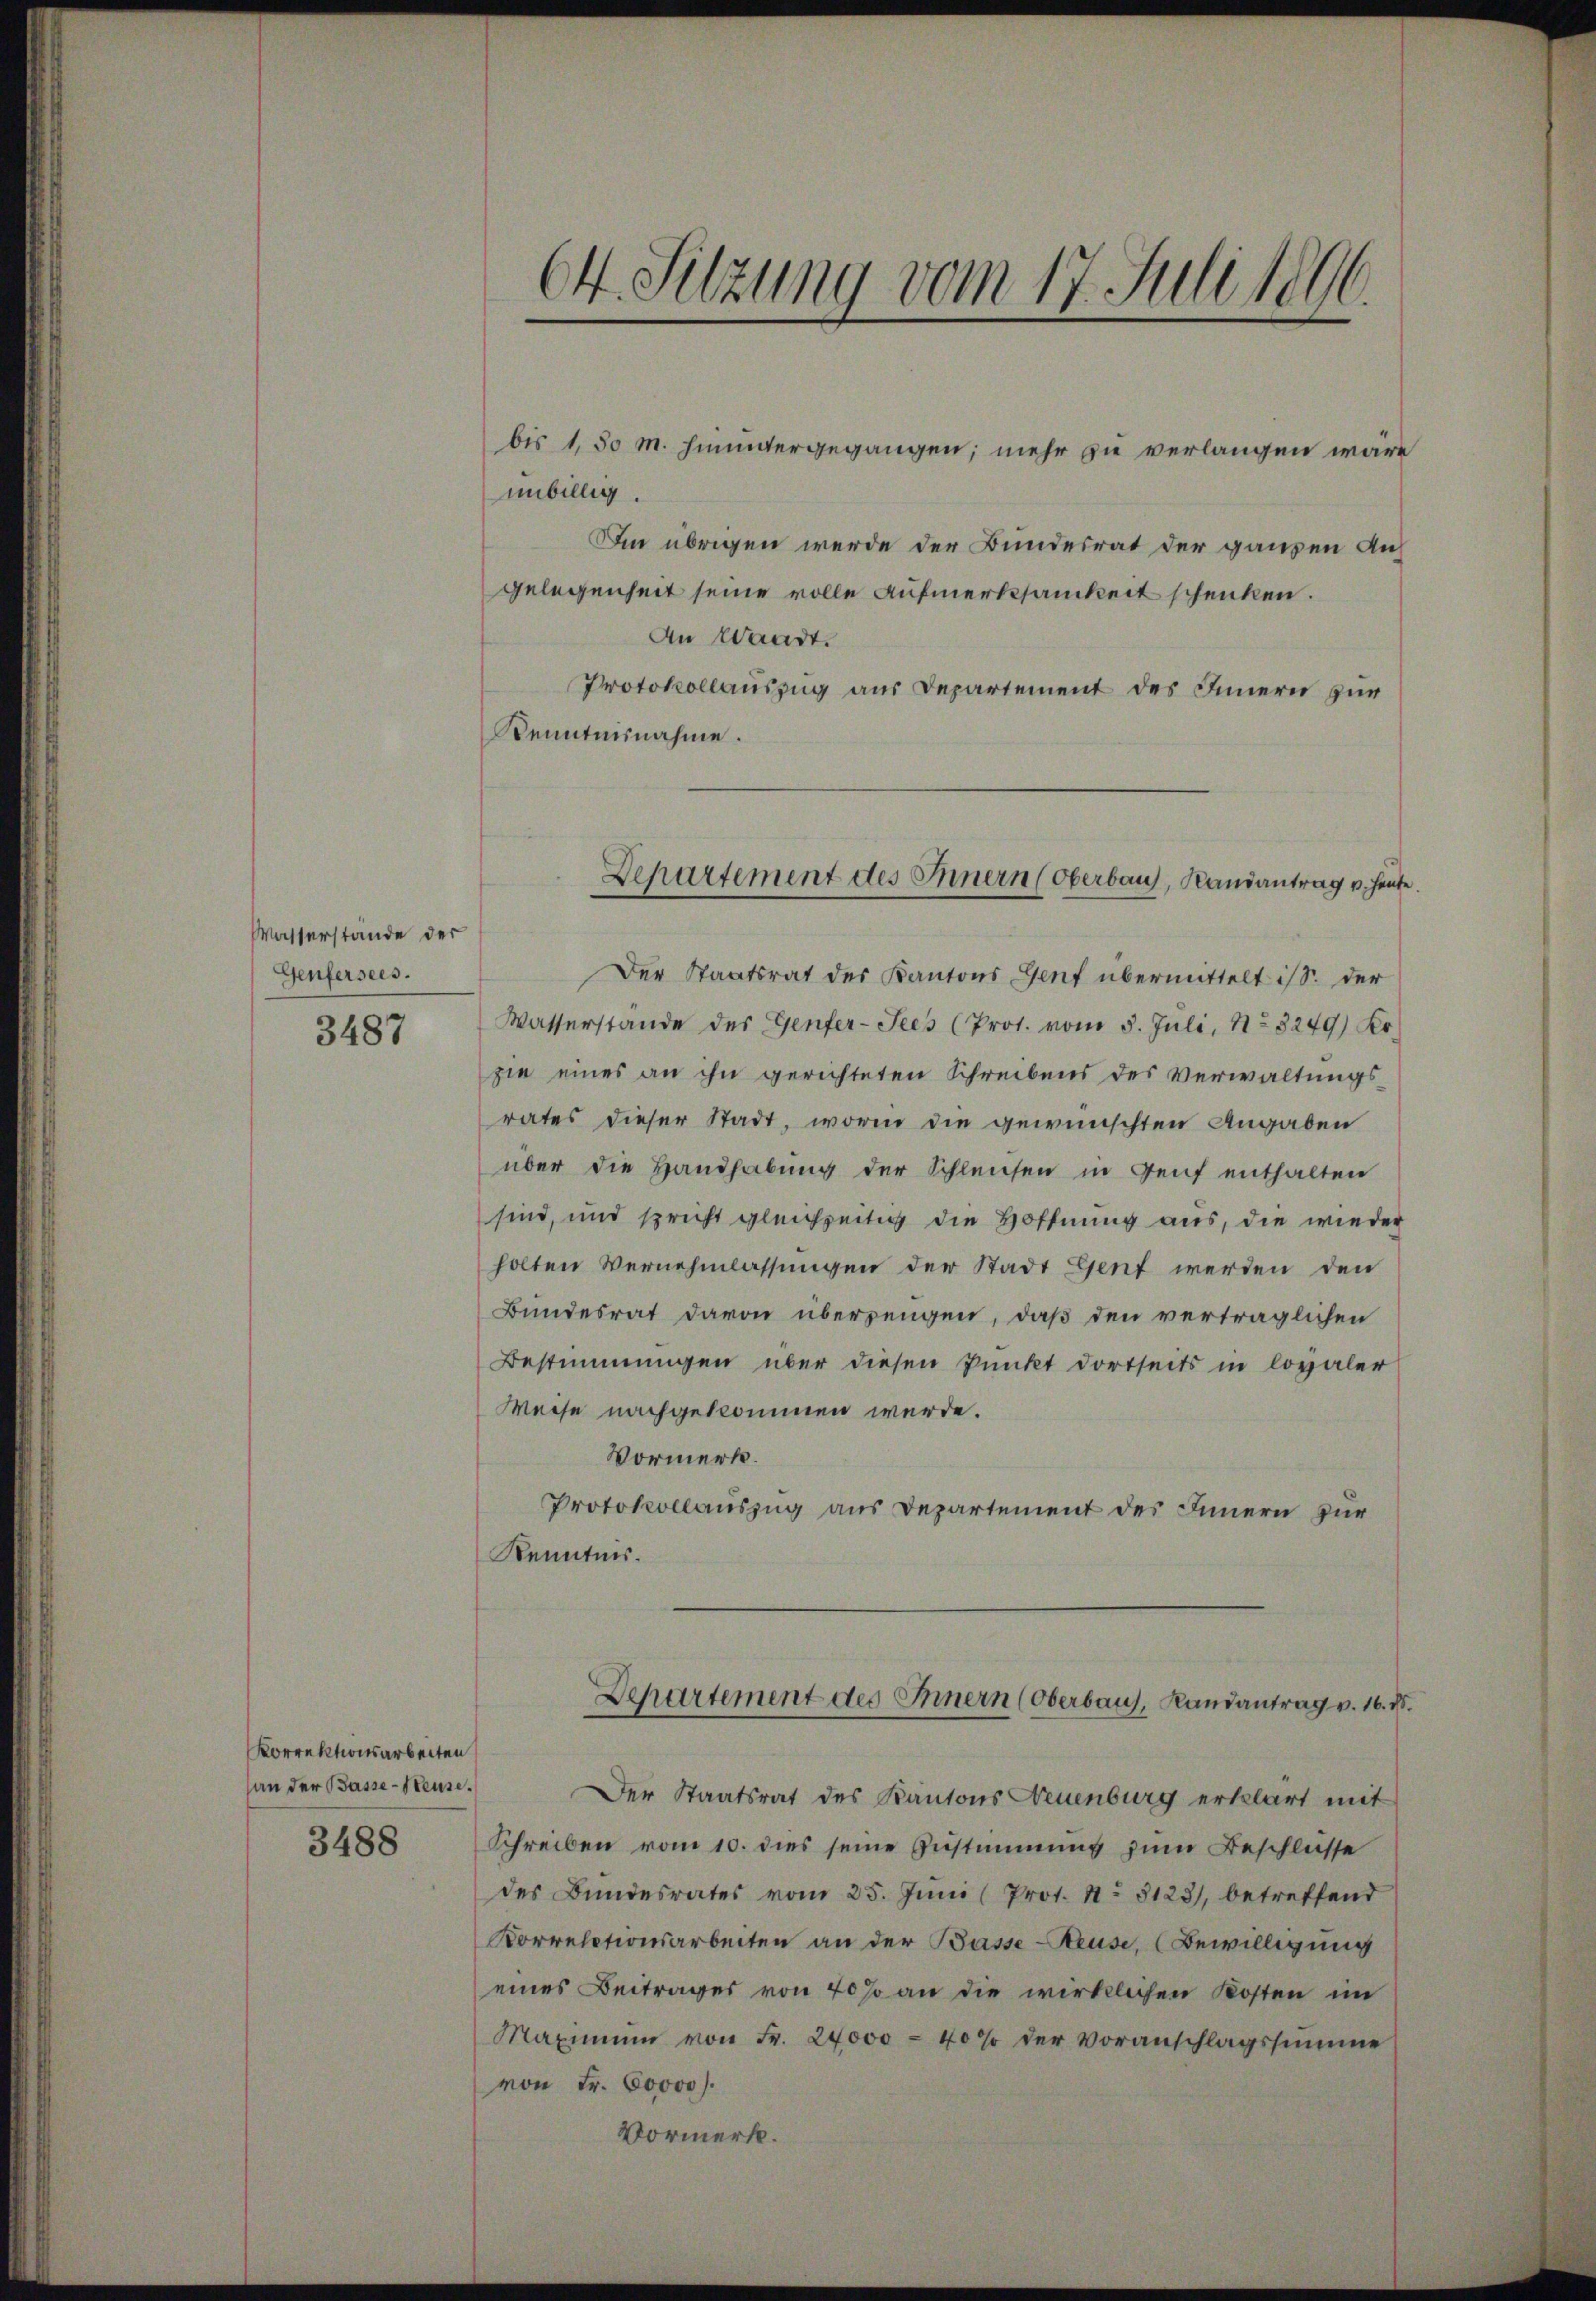
Wasserstände der
Genfersees.

3487

Korrektionsarbeiten
an der Basse - Steuse.

3488

1
64. Sitzung vom 17. Juli 181.

bis 1,50 M. hinuntergegangen; mehr zu verlangen wäre
unbillig.
Din übrigen werde der Bundesrat der ganzen Aus
gelegenheit seine volle Aufmerksamkeit schenken.
An Waadt.
Protokollauszug aus Departement des Innern zur
Kenntnisnahme.

Der Staatsrat des Kantons Genf übermittelt ist. Der
Wasserstände des Genfer-Sees (Prot. vom 5. Juli, No 8249) Kr.
sie eines an ihn gerichteten Schreibens des Verwaltungsrates dieser Stadt, worin die gewünschten Angaben
über die Handhabung der Schleusen in Genf enthalten
sind, und spricht gleichzeitig die Hoffnung aus, die wieder
holten Vernehmlassungen der Stadt Gent werden den
Bundesrat davon überzeugen, daß den verträglichen
Bestimmungen über diesen Punkt dortseits in loyaler
Weise nachgekommen werde.
Vormerk.
Protokollauszug aus Departement des Innern zur
Kenntnis.

Departement des Innern (Oberbau, Randantrag u. heute.

Der Staatsrat des Kantons Neuenburg erklärt mit
Schreiben vom 10. dies seine Zustimmung zum Beschlüsse
des Bundesrates vom 25. Juni (Prot. 11. 5123), betreffend
Korrelationsarbeiten an der Basse-Steuse, (Bewilligung
eines Beitrages von 40% an die wirklichen Kosten im
Maximum von Fr. 24000 - 40% der Voranschlagssumme
von Fr. 60000.
Vormerk.

Departement des Innern (Oberbaus, Randantrag v. 16. d.